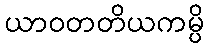
ယာဝတတိယကမ္ပိ